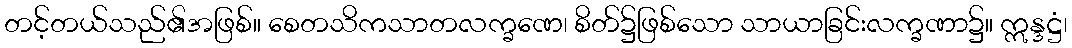
တင့်တယ်သည်၏အဖြစ်။ စေတသိကသာတလက္ခဏေ၊ စိတ်၌ဖြစ်သော သာယာခြင်းလက္ခဏာ၌။ ဣန္ဒဋ္ဌံ၊